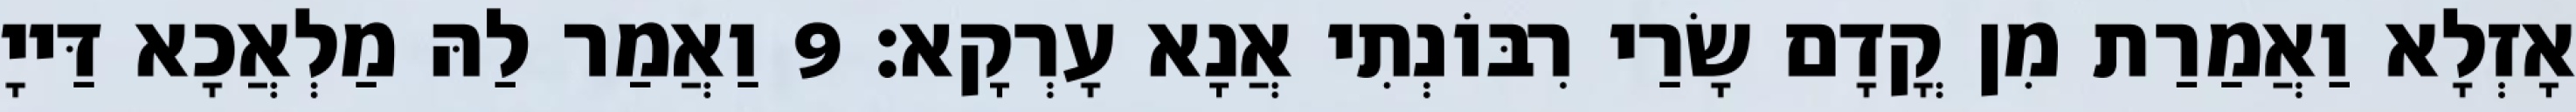
אָזְלָא וַאֲמַרַת מִן קֳדָם שָׂרַי רִבּוֹנְתִי אֲנָא עָרְקָא׃ 9 וַאֲמַר לַהּ מַלְאֲכָא דַּייָ